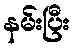
နမ်းပြီး